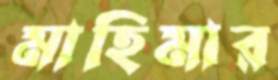
মাহিমার